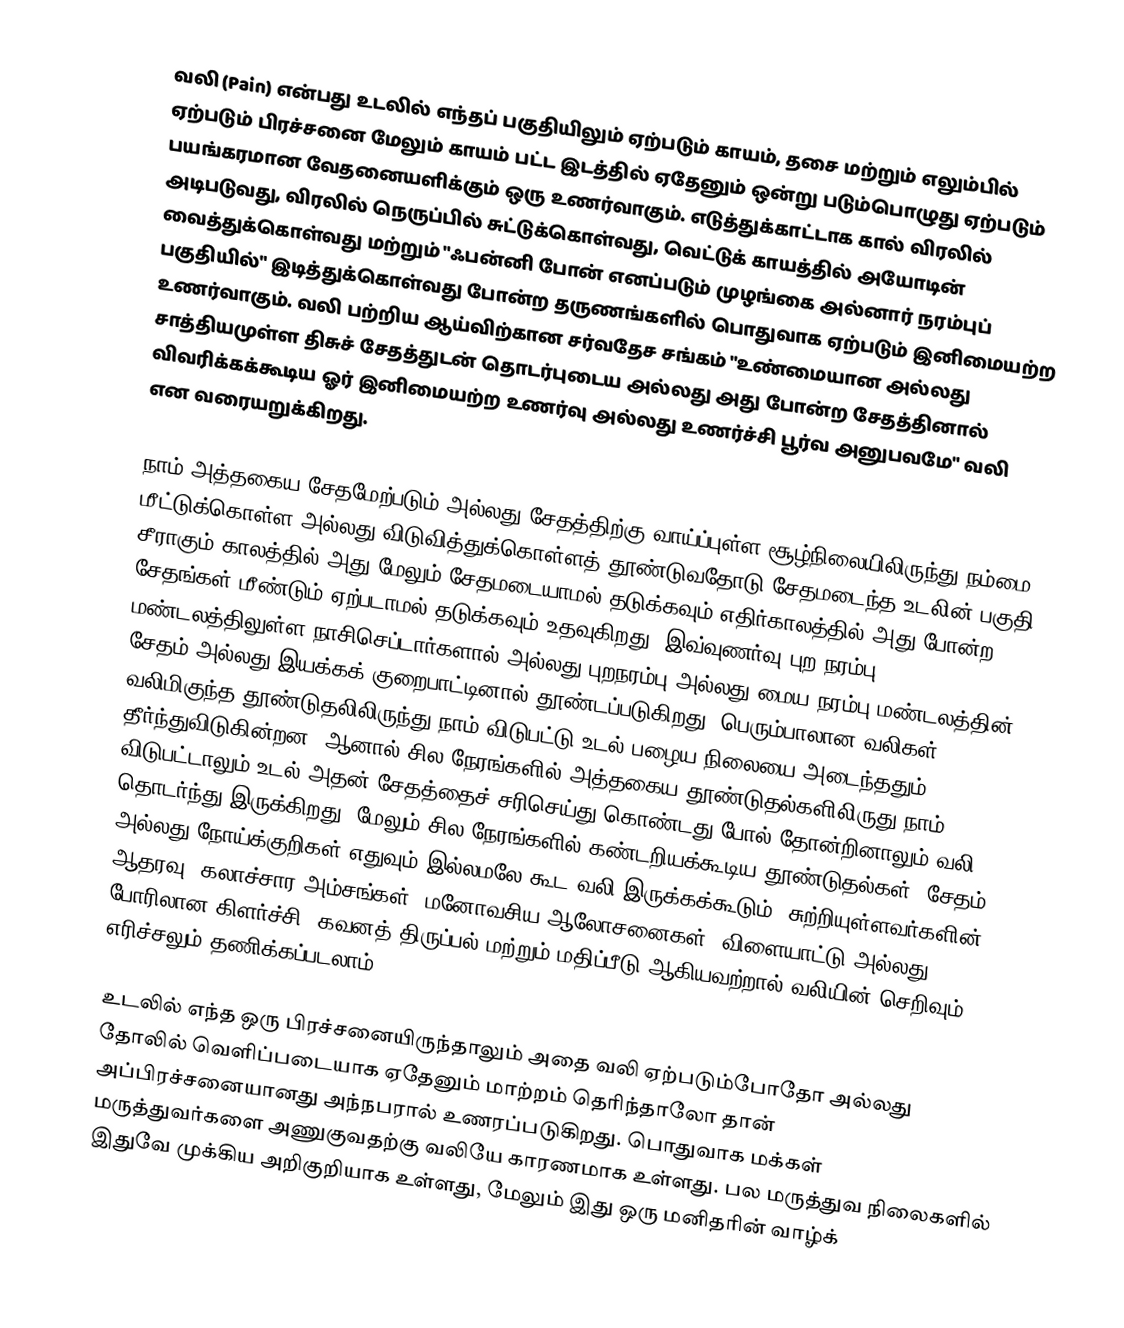
வலி (Pain) என்பது உடலில் எந்தப் பகுதியிலும் ஏற்படும் காயம், தசை மற்றும் எலும்பில் ஏற்படும் பிரச்சனை மேலும் காயம் பட்ட இடத்தில் ஏதேனும் ஒன்று படும்பொழுது ஏற்படும் பயங்கரமான வேதனையளிக்கும் ஒரு உணர்வாகும். எடுத்துக்காட்டாக கால் விரலில் அடிபடுவது, விரலில் நெருப்பில் சுட்டுக்கொள்வது, வெட்டுக் காயத்தில் அயோடின் வைத்துக்கொள்வது மற்றும் "ஃபன்னி போன் எனப்படும் முழங்கை அல்னார் நரம்புப் பகுதியில்" இடித்துக்கொள்வது போன்ற தருணங்களில் பொதுவாக ஏற்படும் இனிமையற்ற உணர்வாகும். வலி பற்றிய ஆய்விற்கான சர்வதேச சங்கம் "உண்மையான அல்லது சாத்தியமுள்ள திசுச் சேதத்துடன் தொடர்புடைய அல்லது அது போன்ற சேதத்தினால் விவரிக்கக்கூடிய ஓர் இனிமையற்ற உணர்வு அல்லது உணர்ச்சி பூர்வ அனுபவமே" வலி என வரையறுக்கிறது.

நாம் அத்தகைய சேதமேற்படும் அல்லது சேதத்திற்கு வாய்ப்புள்ள சூழ்நிலையிலிருந்து நம்மை மீட்டுக்கொள்ள அல்லது விடுவித்துக்கொள்ளத் தூண்டுவதோடு சேதமடைந்த உடலின் பகுதி சீராகும் காலத்தில் அது மேலும் சேதமடையாமல் தடுக்கவும் எதிர்காலத்தில் அது போன்ற சேதங்கள் மீண்டும் ஏற்படாமல் தடுக்கவும் உதவுகிறது. இவ்வுணர்வு புற நரம்பு மண்டலத்திலுள்ள நாசிசெப்டார்களால் அல்லது புறநரம்பு அல்லது மைய நரம்பு மண்டலத்தின் சேதம் அல்லது இயக்கக் குறைபாட்டினால் தூண்டப்படுகிறது. பெரும்பாலான வலிகள் வலிமிகுந்த தூண்டுதலிலிருந்து நாம் விடுபட்டு உடல் பழைய நிலையை அடைந்ததும் தீர்ந்துவிடுகின்றன, ஆனால் சில நேரங்களில் அத்தகைய தூண்டுதல்களிலிருது நாம் விடுபட்டாலும் உடல் அதன் சேதத்தைச் சரிசெய்து கொண்டது போல் தோன்றினாலும் வலி தொடர்ந்து இருக்கிறது; மேலும் சில நேரங்களில் கண்டறியக்கூடிய தூண்டுதல்கள், சேதம் அல்லது நோய்க்குறிகள் எதுவும் இல்லமலே கூட வலி இருக்கக்கூடும். சுற்றியுள்ளவர்களின் ஆதரவு, கலாச்சார அம்சங்கள், மனோவசிய ஆலோசனைகள், விளையாட்டு அல்லது போரிலான கிளர்ச்சி, கவனத் திருப்பல் மற்றும் மதிப்பீடு ஆகியவற்றால் வலியின் செறிவும் எரிச்சலும் தணிக்கப்படலாம்.

உடலில் எந்த ஒரு பிரச்சனையிருந்தாலும் அதை வலி ஏற்படும்போதோ அல்லது தோலில் வெளிப்படையாக ஏதேனும் மாற்றம் தெரிந்தாலோ தான் அப்பிரச்சனையானது அந்நபரால் உணரப்படுகிறது. பொதுவாக மக்கள் மருத்துவர்களை அணுகுவதற்கு வலியே காரணமாக உள்ளது. பல மருத்துவ நிலைகளில் இதுவே முக்கிய அறிகுறியாக உள்ளது, மேலும் இது ஒரு மனிதரின் வாழ்க்